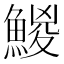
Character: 鯼